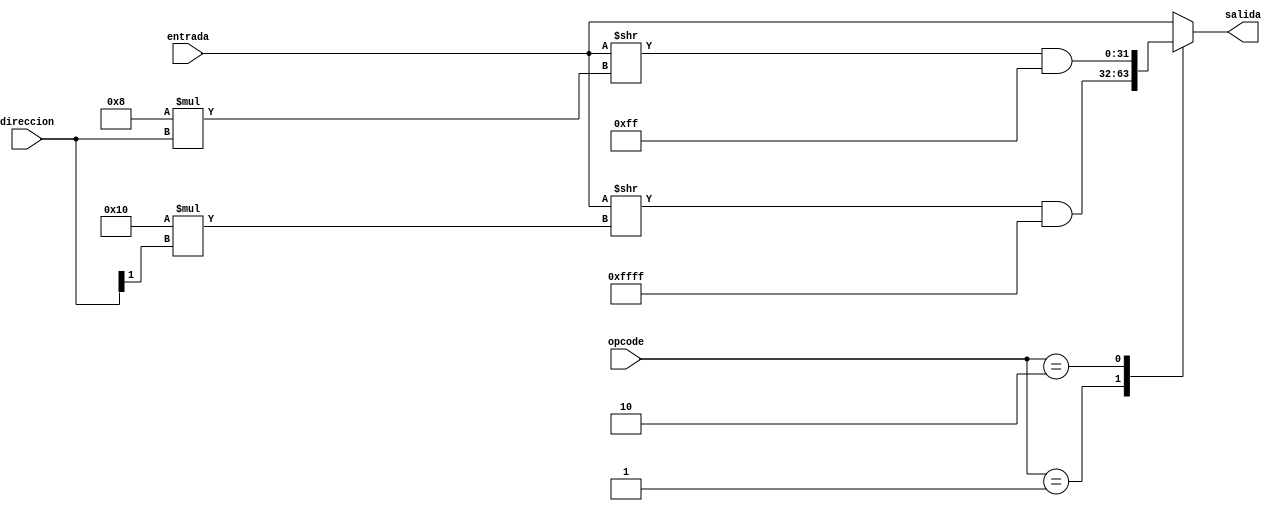
`timescale 1ns / 1ps
//////////////////////////////////////////////////////////////////////////////////
// Company: 
// Engineer: 
// 
// Design Name: 
// Module Name:    TrunkUnit 
// Project Name: 
// Target Devices: 
// Tool versions: 
// Description: 
//
// Dependencies: 
//
// Revision: 
// Revision 0.01 - File Created
// Additional Comments: Unidad utilizada para truncar los bits que se escriben o
//								leen usando LB, LH, LW o SB, SH, SW
//
//////////////////////////////////////////////////////////////////////////////////
module TrunkUnit(
	input	[1:0] opcode,
	input signed [31:0] entrada,
	input [1:0] direccion,
	output reg [31:0] salida
    );


	reg [1:0] byteNumber=0;
	reg halfNumber=0;
	always @*
	begin
		byteNumber=direccion[1:0];
		halfNumber=direccion[1];
		case(opcode)
			2'b00://LW & SW
				begin//Load Word & Store Word
					salida <= entrada;
				end
			2'b01://LH & SH
				begin
					//Load Half & Store Half
					salida <= (entrada >> (16*halfNumber)) & 32'b00000000000000001111111111111111;
				end
			2'b10://LB & SB
				begin
					//Load Byte & Store Byte
					salida <= (entrada >> (8*byteNumber)) & 32'b00000000000000000000000011111111;
				end
			default://LW & SW
				begin
					salida <= entrada;
				end
		endcase
	end
endmodule